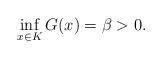
LaTeX: \begin{align*}\inf_{x\in K} G(x)=\beta>0.\end{align*}